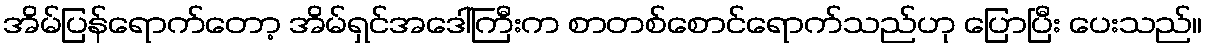
အိမ်ပြန်ရောက်တော့ အိမ်ရှင်အဒေါ်ကြီးက စာတစ်စောင်ရောက်သည်ဟု ပြောပြီး ပေးသည်။